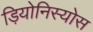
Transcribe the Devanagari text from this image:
ड़ियोनिस्योस